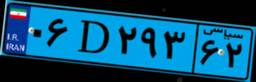
۰۶D۲۹۳۶۲